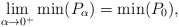
\begin{align*}\lim_{\alpha\rightarrow 0^+}\min(P_\alpha)=\min(P_0),\end{align*}